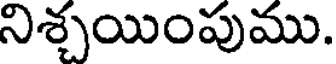
నిశ్చయింపుము.